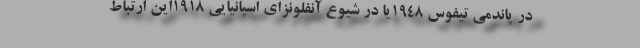
در پاندمی تیفوس 1948یا در شیوع آنفلونزای اسپانیایی 1918این ارتباط